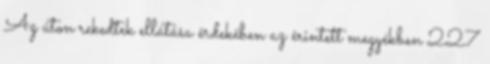
Az úton rekedtek ellátása érdekében az érintett megyékben 227